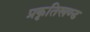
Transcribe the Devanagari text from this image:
प्रकृतिखण्ड